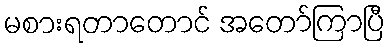
မစားရတာတောင် အတော်ကြာပြီ